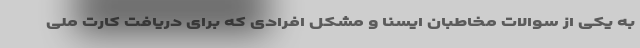
به یکی از سوالات مخاطبان ایسنا و مشکل افرادی که برای دریافت کارت ملی